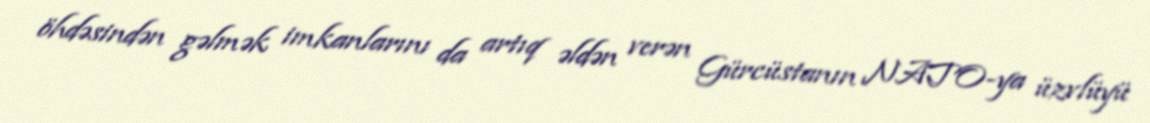
öhdəsindən gəlmək imkanlarını da artıq əldən verən Gürcüstanın NATO-ya üzvlüyü